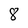
Character: 8